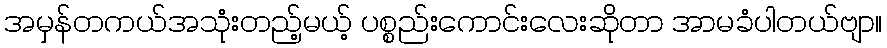
အမှန်တကယ်အသုံးတည့်မယ့် ပစ္စည်းကောင်းလေးဆိုတာ အာမခံပါတယ်ဗျာ။